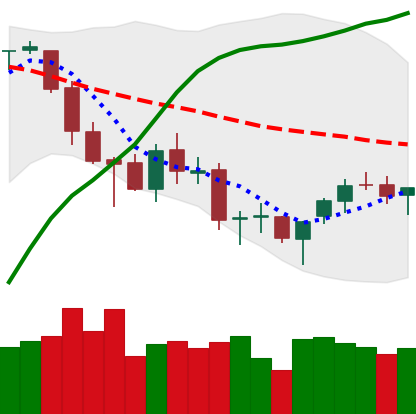
Ticker: BTC-USD
Chart end date: 2018-03-23
Forward return: -10.419%
Label: down_7plus